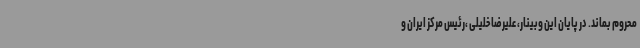
محروم بماند. در پایان این وبینار، علیرضا خلیلی ،رئیس مرکز ایران و